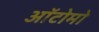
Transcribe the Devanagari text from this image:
ऑटोमो